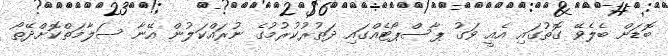
ބޮޑަށް ބެލެވޭ ގޮތުގައި އެއީ ވަގު ޕާސްޕޯޓެއްގައި ދަތުރުކުރުމުގެ ނުރައްކަލުން އޭނާ ސަލާމަތްކޮށްދޭތޯ